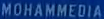
MOHAMMEDIA